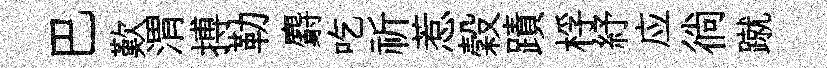
巴歎渭搏勒麝吃祈惹穀蹟桴紓应徜蹴